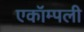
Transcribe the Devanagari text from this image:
एकॉम्पली